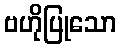
ဗဟိုပြုသော